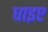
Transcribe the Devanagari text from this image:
धाइए